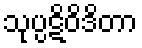
သုပ္ပဋိဝိဒိတာ